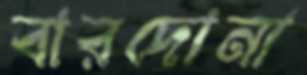
বারদোনা